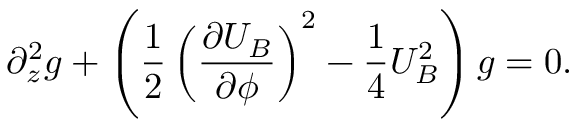
\partial _ { z } ^ { 2 } g + \left( \frac { 1 } { 2 } \left( \frac { \partial U _ { B } } { \partial \phi } \right) ^ { 2 } - \frac { 1 } { 4 } U _ { B } ^ { 2 } \right) g = 0 .